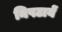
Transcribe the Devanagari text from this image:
निपटायें